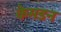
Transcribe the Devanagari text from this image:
केमडन